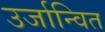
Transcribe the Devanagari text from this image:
उर्जान्वित